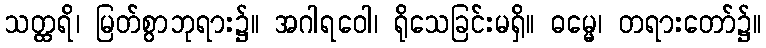
သတ္ထရိ၊ မြတ်စွာဘုရား၌။ အဂါရဝေါ၊ ရိုသေခြင်းမရှိ။ ဓမ္မေ၊ တရားတော်၌။